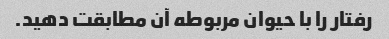
رفتار را با حیوان مربوطه آن مطابقت دهید.